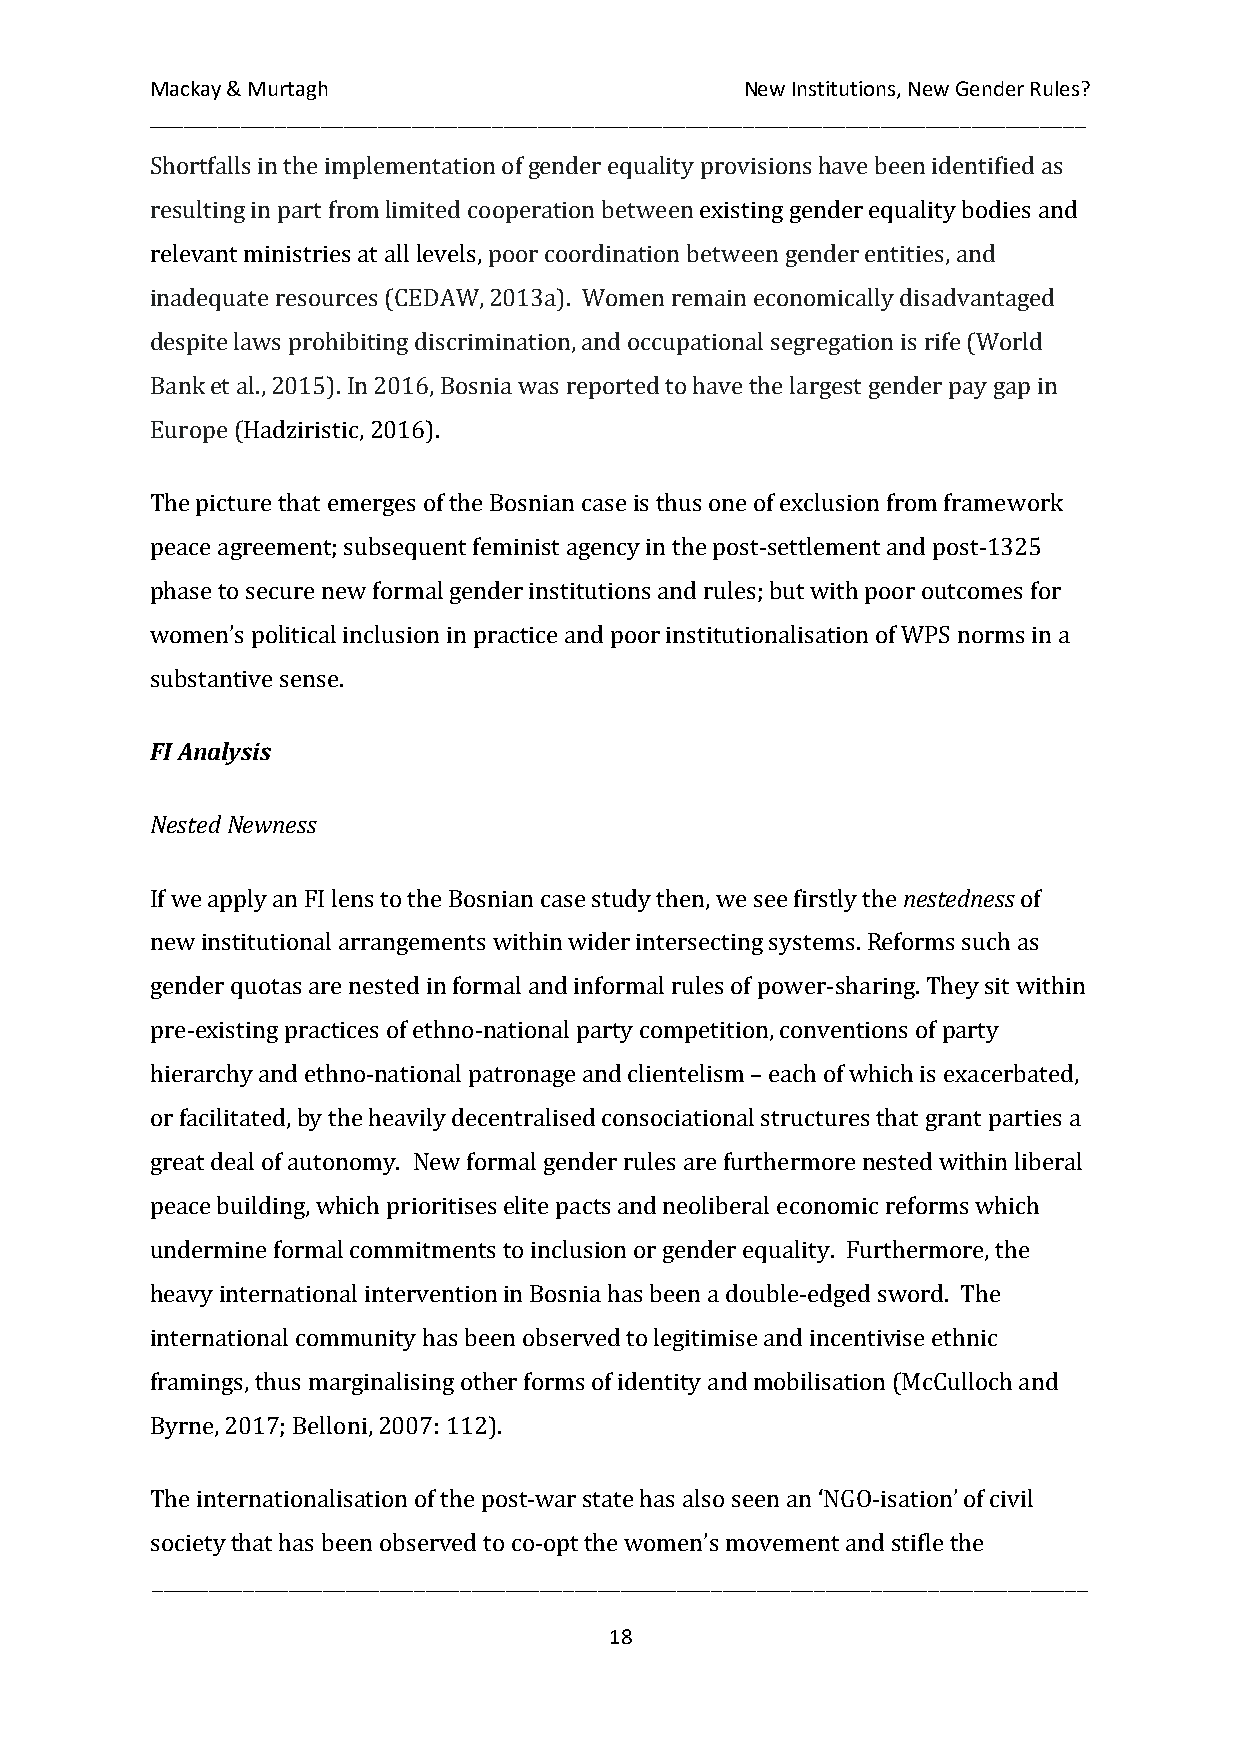
Mackay & Murtagh                       New Institutions, New Gender Rules?
 __________________________________________________________________________________
 Shortfalls in the implementation of gender equality provisions have been identified as
 resulting in part from limited cooperation between existing gender equality bodies and
 relevant ministries at all levels, poor coordination between gender entities, and
 inadequate resources (CEDAW, 2013a). Women remain economically disadvantaged
 despite laws prohibiting discrimination, and occupational segregation is rife (World
 Bank et al., 2015). In 2016, Bosnia was reported to have the largest gender pay gap in
 Europe (Hadziristic, 2016).
 The picture that emerges of the Bosnian case is thus one of exclusion from framework
 peace agreement; subsequent feminist agency in the post-settlement and post-1325
 phase to secure new formal gender institutions and rules; but with poor outcomes for
 women’s political inclusion in practice and poor institutionalisation of WPS norms in a
 substantive sense.
 FI Analysis
 Nested Newness
 nestedness
 If we apply an FI lens to the Bosnian case study then, we see firstly the of
 new institutional arrangements within wider intersecting systems. Reforms such as
 gender quotas are nested in formal and informal rules of power-sharing. They sit within
 pre-existing practices of ethno-national party competition, conventions of party
 hierarchy and ethno-national patronage and clientelism – each of which is exacerbated,
 or facilitated, by the heavily decentralised consociational structures that grant parties a
 great deal of autonomy. New formal gender rules are furthermore nested within liberal
 peace building, which prioritises elite pacts and neoliberal economic reforms which
 undermine formal commitments to inclusion or gender equality. Furthermore, the
 heavy international intervention in Bosnia has been a double-edged sword. The
 international community has been observed to legitimise and incentivise ethnic
 framings, thus marginalising other forms of identity and mobilisation (McCulloch and
 Byrne, 2017; Belloni, 2007: 112).
 The internationalisation of the post-war state has also seen an ‘NGO-isation’ of civil
 __________________________________________________________________________________
 society that has been observed to co-opt the women’s movement and stifle the
 18